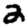
Digit: 2